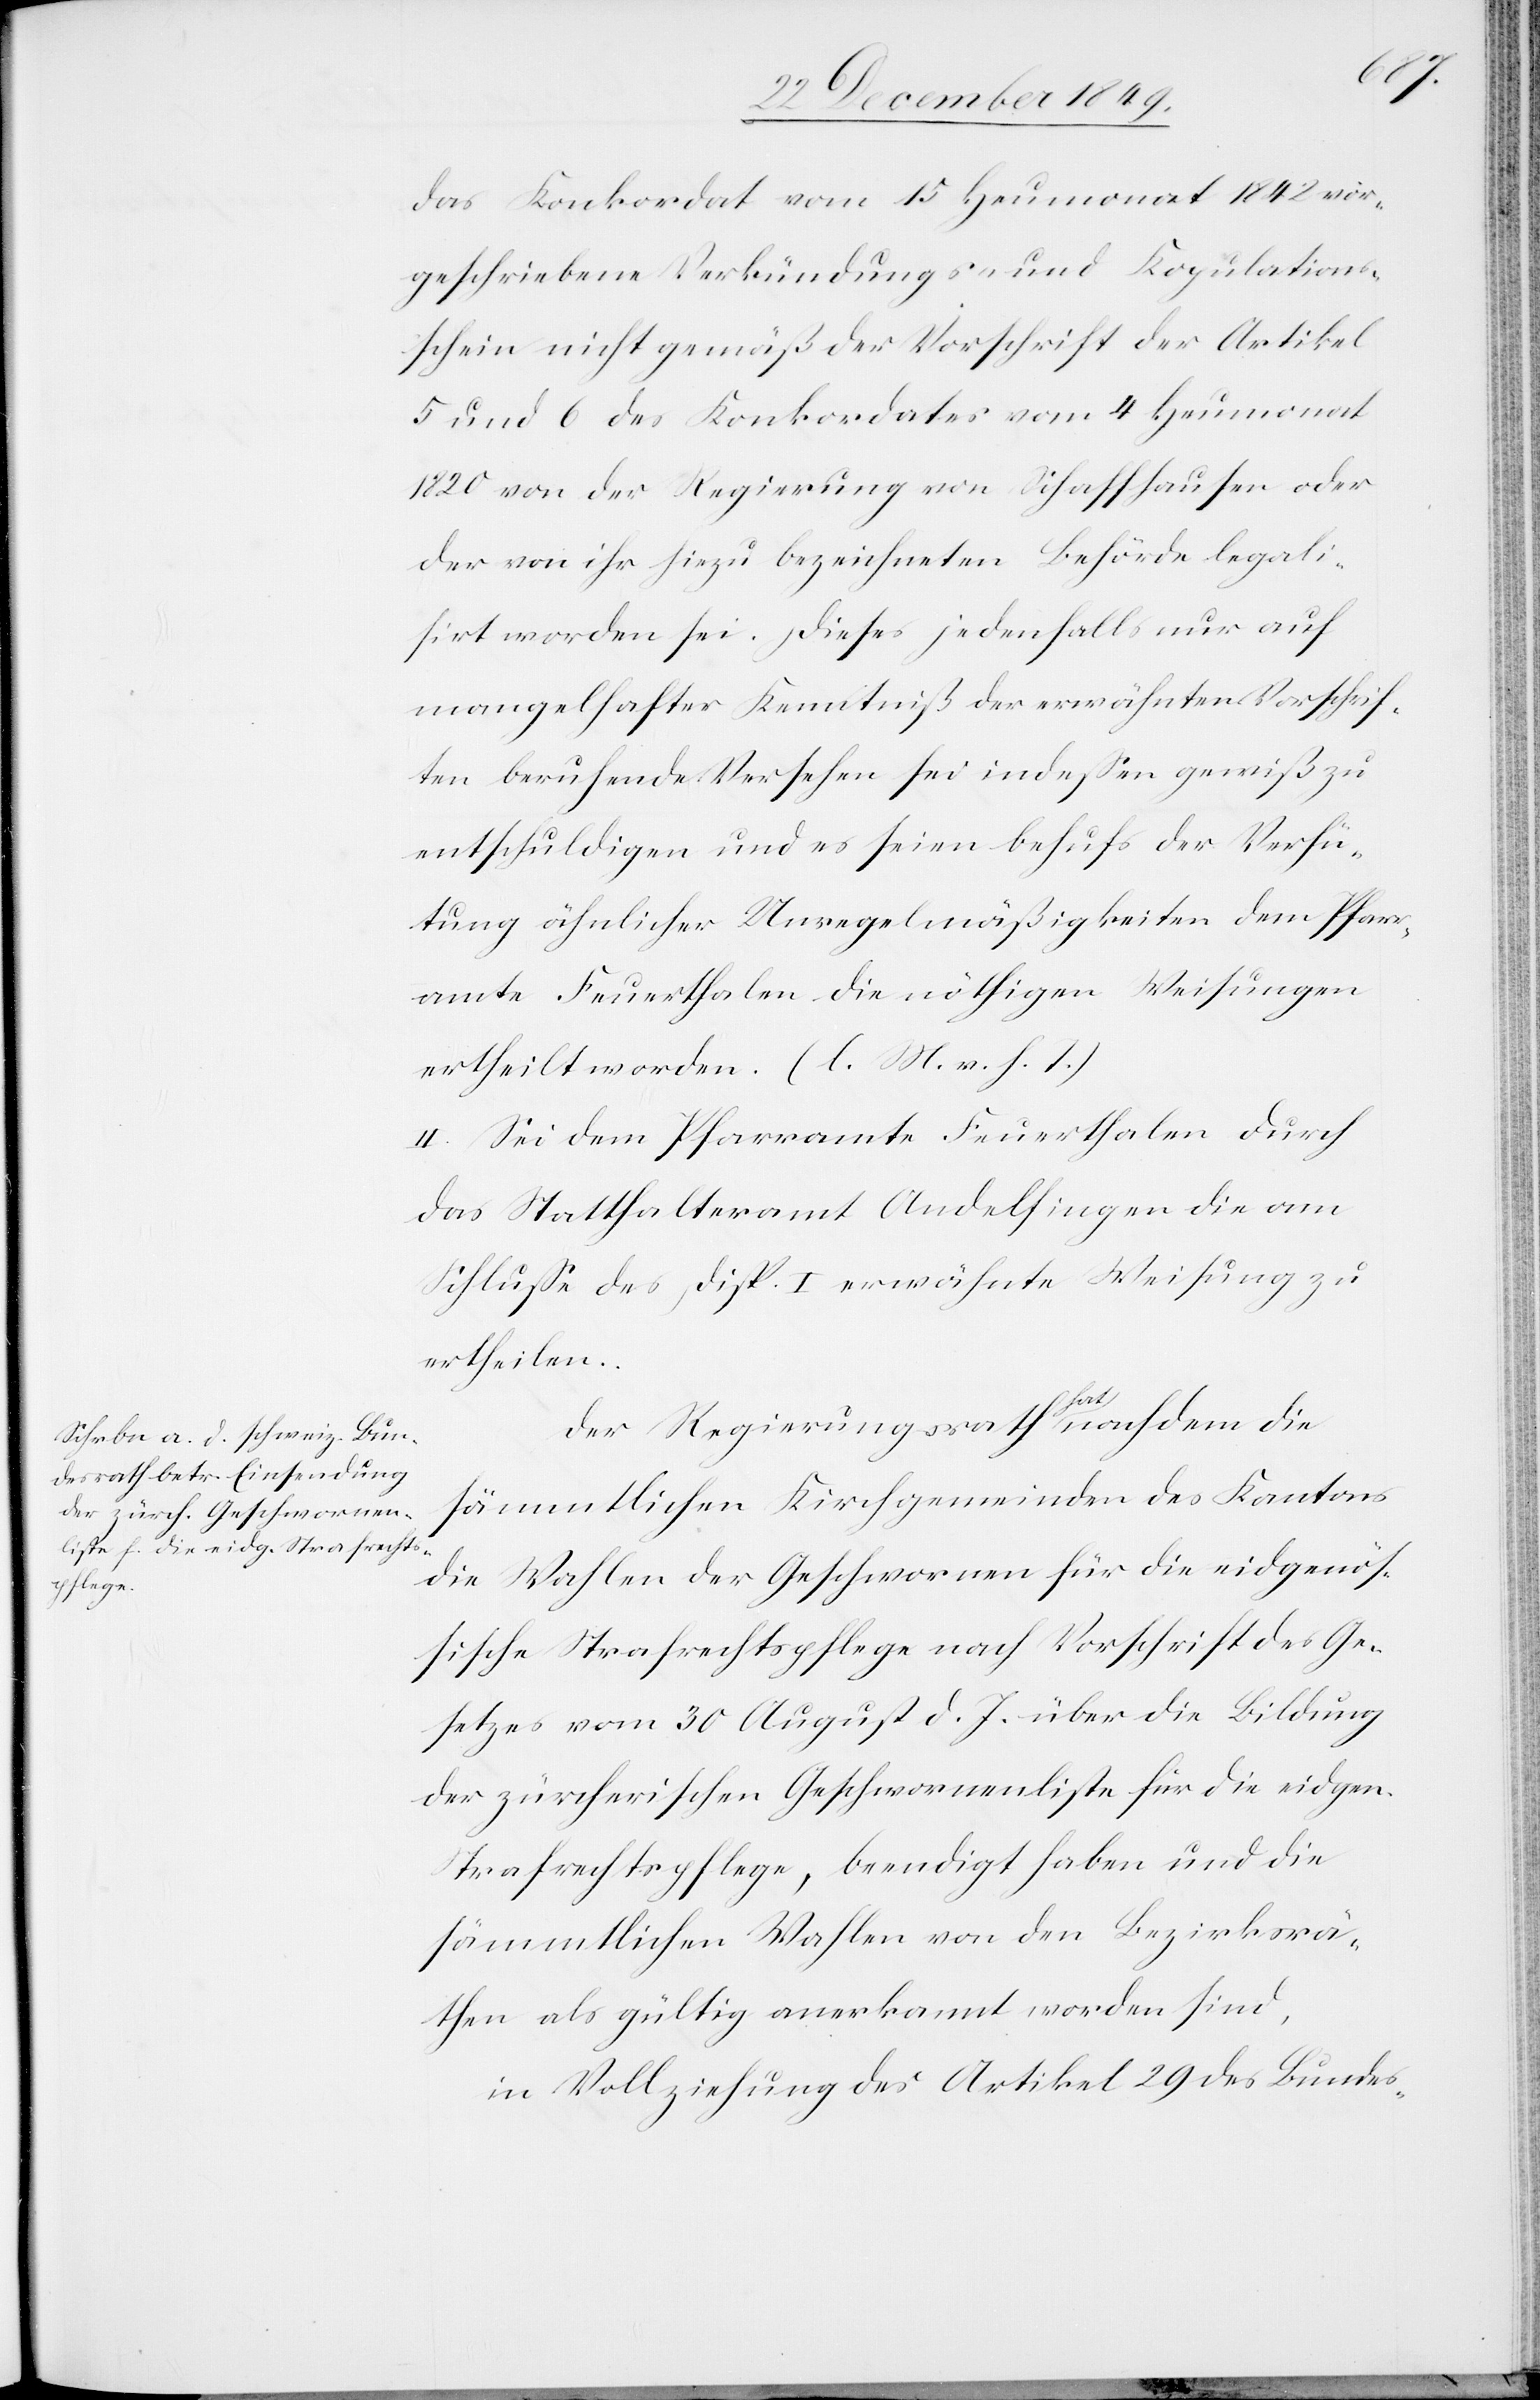
das Konkordat vom 15 Heumonat 1842 vor¬
geschriebenen Verkündungs- und Kopulations¬
schein nicht gemäß der Vorschrift der Artikel
5 und 6 des Konkordates vom 4 Heumonat
1820 von der Regierung von Schaffhausen oder
der von ihr hiezu bezeichneten Behörde legali¬
sirt worden sei. Dieses jedenfalls nur auf
mangelhafter Kenntniß der erwähnten Vorschrif¬
ten beruhende Versehen sei indeßen gewiß zu
entschuldigen und es seien behufs der Verhü¬
tung ähnlicher Unregelmäßigkeiten dem Pfarr¬
amte Feuerthalen die nöthigen Weisungen
ertheilt worden. [l. M. v. h. T]
II. Sei dem Pfarramte Feuerthalen durch
das Statthalteramt Andelfingen die am
Schluße des Disp. I erwähnte Weisung zu
ertheilen.
Der Regierungsrath hat nachdem die
sämmtlichen Kirchgemeinden des Kantons
die Wahlen der Geschworenen für die eidgenöß¬
ische Strafrechtspflege nach Vorschrift des Ge¬
setzes vom 30 August d. J. über die Bildung
der zürcherischen Geschworenenliste für die eidgen.
Strafrechtspflege, beendigt haben und die
sämmtlichen Wahlen von den Bezirksrä¬
then als gültig anerkannt worden sind,
in Vollziehung des Artikel 29 des Bundes-